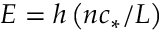
E = h \left( n c _ { * } / L \right)